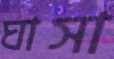
ঘাসা